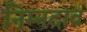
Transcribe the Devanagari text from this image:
निम्नदाव